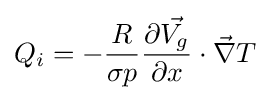
Q_{i}=-{\frac {R}{\sigma p}}{\frac {\partial {\vec {V_{g}}}}{\partial x}}\cdot {\vec {\nabla }}T